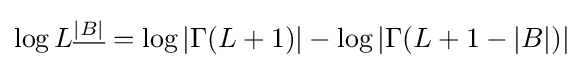
\log L^{\underline {|B|}}=\log \left|\Gamma (L+1)\right|-\log \left|\Gamma (L+1-|B|)\right|